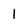
Character: 1